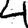
Digit: 4